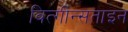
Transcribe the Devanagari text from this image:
वित्गीन्सताइन